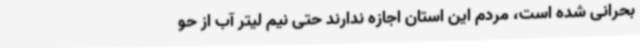
بحرانی شده است، مردم این استان اجازه ندارند حتی نیم لیتر آب از حو